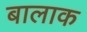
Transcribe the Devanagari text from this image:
बालाक